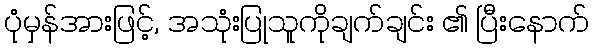
ပုံမှန်အားဖြင့်, အသုံးပြုသူကိုချက်ချင်း ၏ ပြီးနောက်